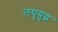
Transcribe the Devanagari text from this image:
लघुयुद्ध